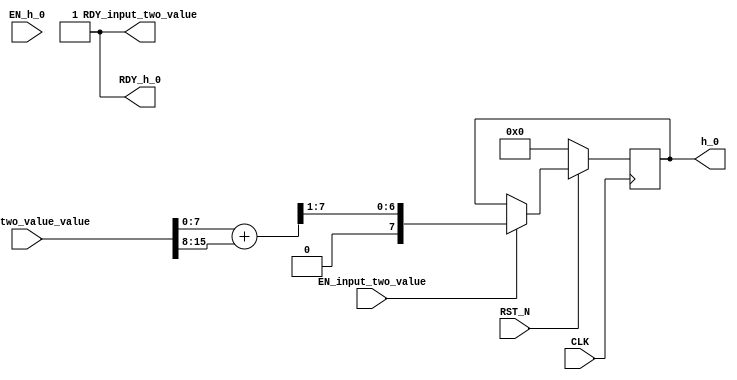
//
// Generated by Bluespec Compiler, version 2018.10.beta1 (build e1df8052c, 2018-10-17)
//
// On Wed Oct 23 00:32:01 IST 2019
//
//
// Ports:
// Name                         I/O  size props
// RDY_input_two_value            O     1 const
// h_0                            O     8 reg
// RDY_h_0                        O     1 const
// CLK                            I     1 clock
// RST_N                          I     1 reset
// input_two_value_value          I    16
// EN_input_two_value             I     1
// EN_h_0                         I     1 unused
//
// No combinational paths from inputs to outputs
//
//

`ifdef BSV_ASSIGNMENT_DELAY
`else
  `define BSV_ASSIGNMENT_DELAY
`endif

`ifdef BSV_POSITIVE_RESET
  `define BSV_RESET_VALUE 1'b1
  `define BSV_RESET_EDGE posedge
`else
  `define BSV_RESET_VALUE 1'b0
  `define BSV_RESET_EDGE negedge
`endif

module mkLP(CLK,
	    RST_N,

	    input_two_value_value,
	    EN_input_two_value,
	    RDY_input_two_value,

	    EN_h_0,
	    h_0,
	    RDY_h_0);
  input  CLK;
  input  RST_N;

  // action method input_two_value
  input  [15 : 0] input_two_value_value;
  input  EN_input_two_value;
  output RDY_input_two_value;

  // actionvalue method h_0
  input  EN_h_0;
  output [7 : 0] h_0;
  output RDY_h_0;

  // signals for module outputs
  wire [7 : 0] h_0;
  wire RDY_h_0, RDY_input_two_value;

  // register out
  reg [7 : 0] out;
  wire [7 : 0] out$D_IN;
  wire out$EN;

  // action method input_two_value
  assign RDY_input_two_value = 1'd1 ;

  // actionvalue method h_0
  assign h_0 = out ;
  assign RDY_h_0 = 1'd1 ;

  // register out
  assign out$D_IN =
	     input_two_value_value[7:0] + input_two_value_value[15:8] >> 1 ;
  assign out$EN = EN_input_two_value ;

  // handling of inlined registers

  always@(posedge CLK)
  begin
    if (RST_N == `BSV_RESET_VALUE)
      begin
        out <= `BSV_ASSIGNMENT_DELAY 8'd0;
      end
    else
      begin
        if (out$EN) out <= `BSV_ASSIGNMENT_DELAY out$D_IN;
      end
  end

  // synopsys translate_off
  `ifdef BSV_NO_INITIAL_BLOCKS
  `else // not BSV_NO_INITIAL_BLOCKS
  initial
  begin
    out = 8'hAA;
  end
  `endif // BSV_NO_INITIAL_BLOCKS
  // synopsys translate_on
endmodule  // mkLP